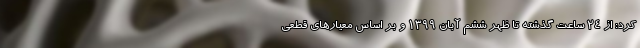
کرد: از ۲۴ ساعت گذشته تا ظهر ششم آبان ۱۳۹۹ و بر اساس معیارهای قطعی